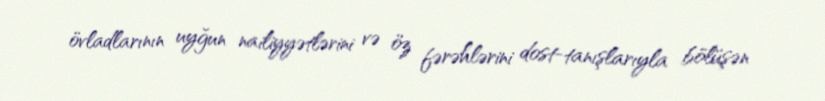
övladlarının uyğun nailiyyətlərini və öz fərəhlərini dost-tanışlarıyla bölüşən